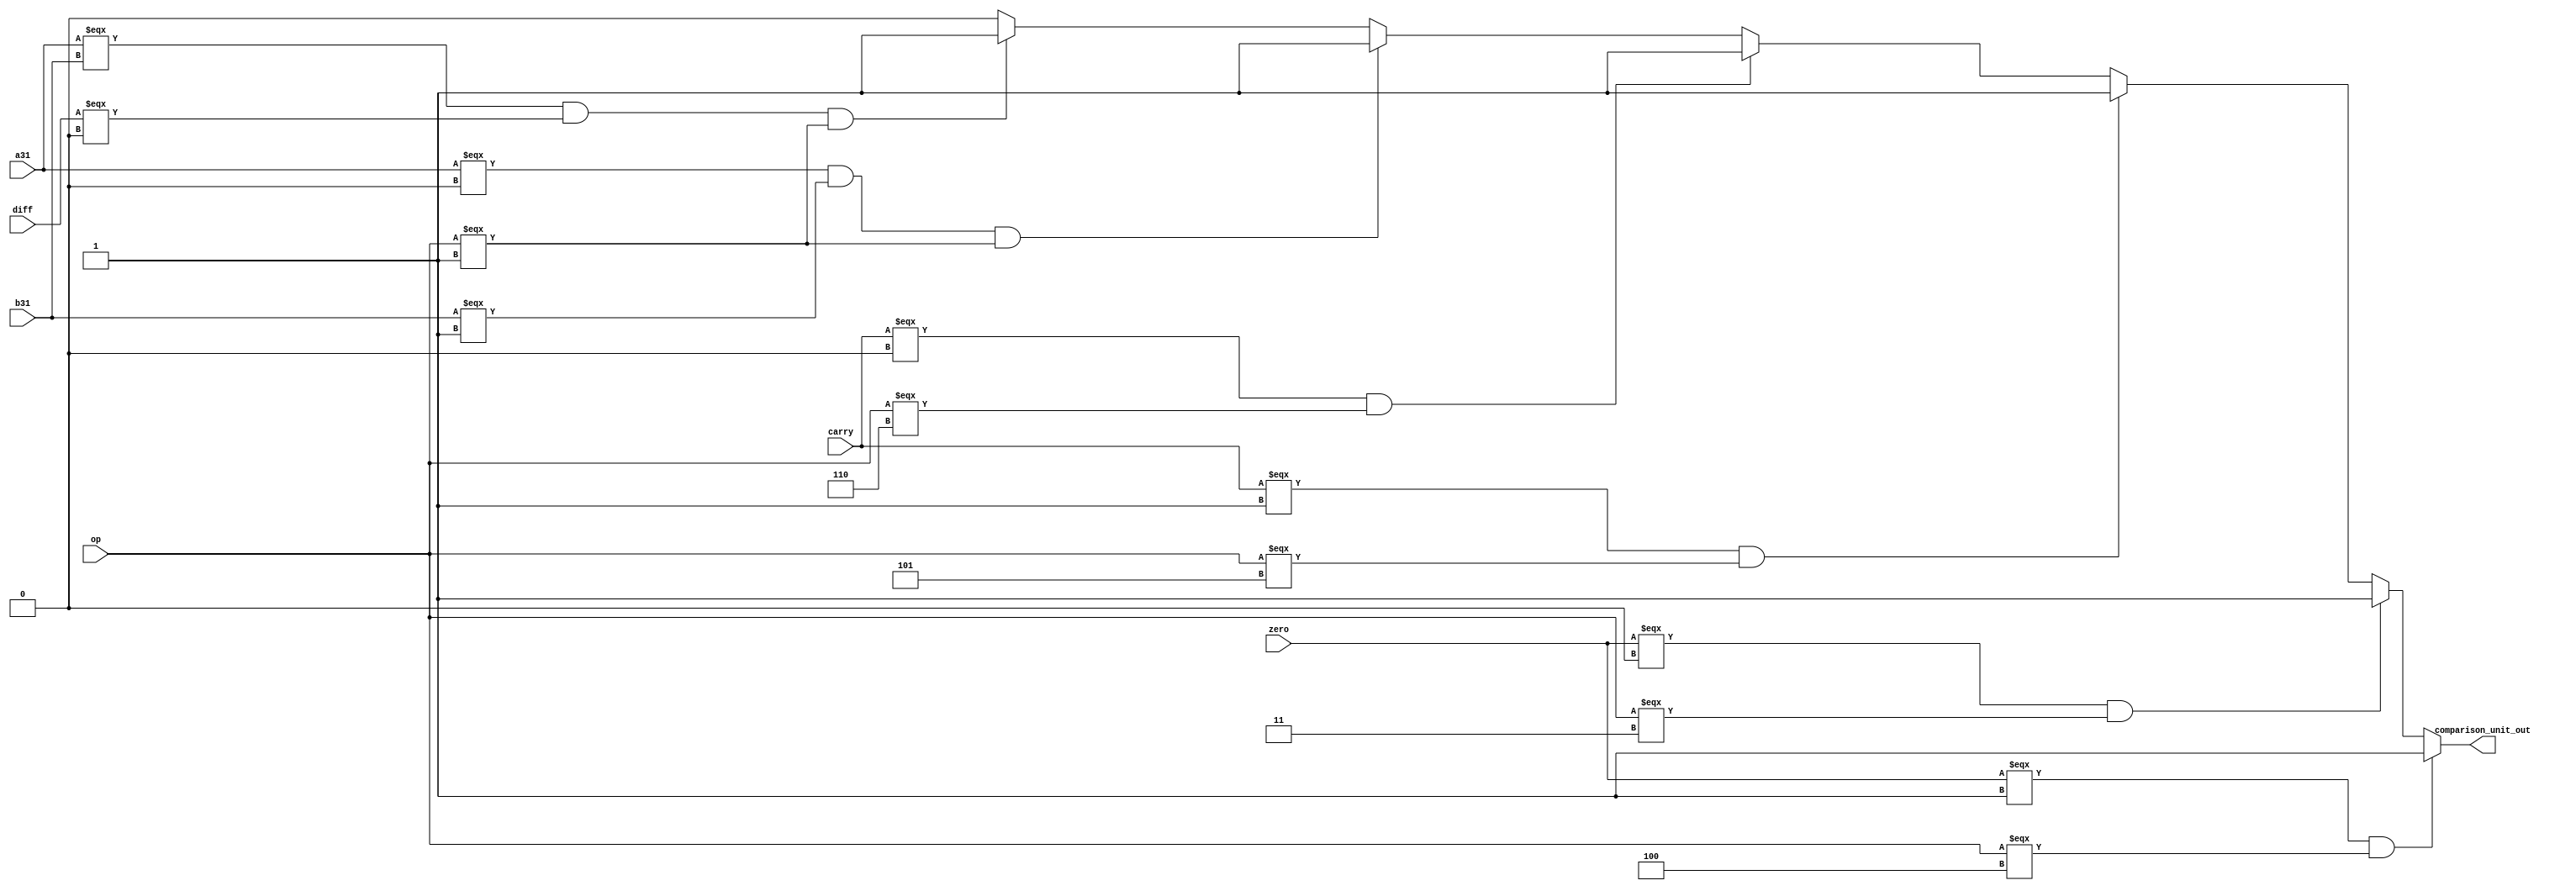
`timescale 1ns / 1ps
//////////////////////////////////////////////////////////////////////////////////
// Mehdi Mortazavian 9932114
//////////////////////////////////////////////////////////////////////////////////
module comparison_unit(
	input a31,
	input b31,
	input carry,
	input zero,
	input diff,
	input [2:0]op,
	output comparison_unit_out
    );
	 
											
	 assign comparison_unit_out = (zero === 1) && (op === 3'b100) ? 1: //equal
										   (zero === 0) && (op === 3'b011) ? 1: //not equal
											(carry === 1) && (op === 3'b101) ? 1: //A >= B unsign
											(carry === 0) && (op === 3'b110) ? 1: //A < B unsign
											(a31 === 1'b0)  && (b31 === 1'b1) && (op === 3'b001) ? 1: //A >= B sign
											(a31 === b31) && (diff === 0) && (op === 3'b001) ? 1:		 //A >= B sign
											0; //Any other case
	 
	 
	 
	 
	 
	 
	 
endmodule